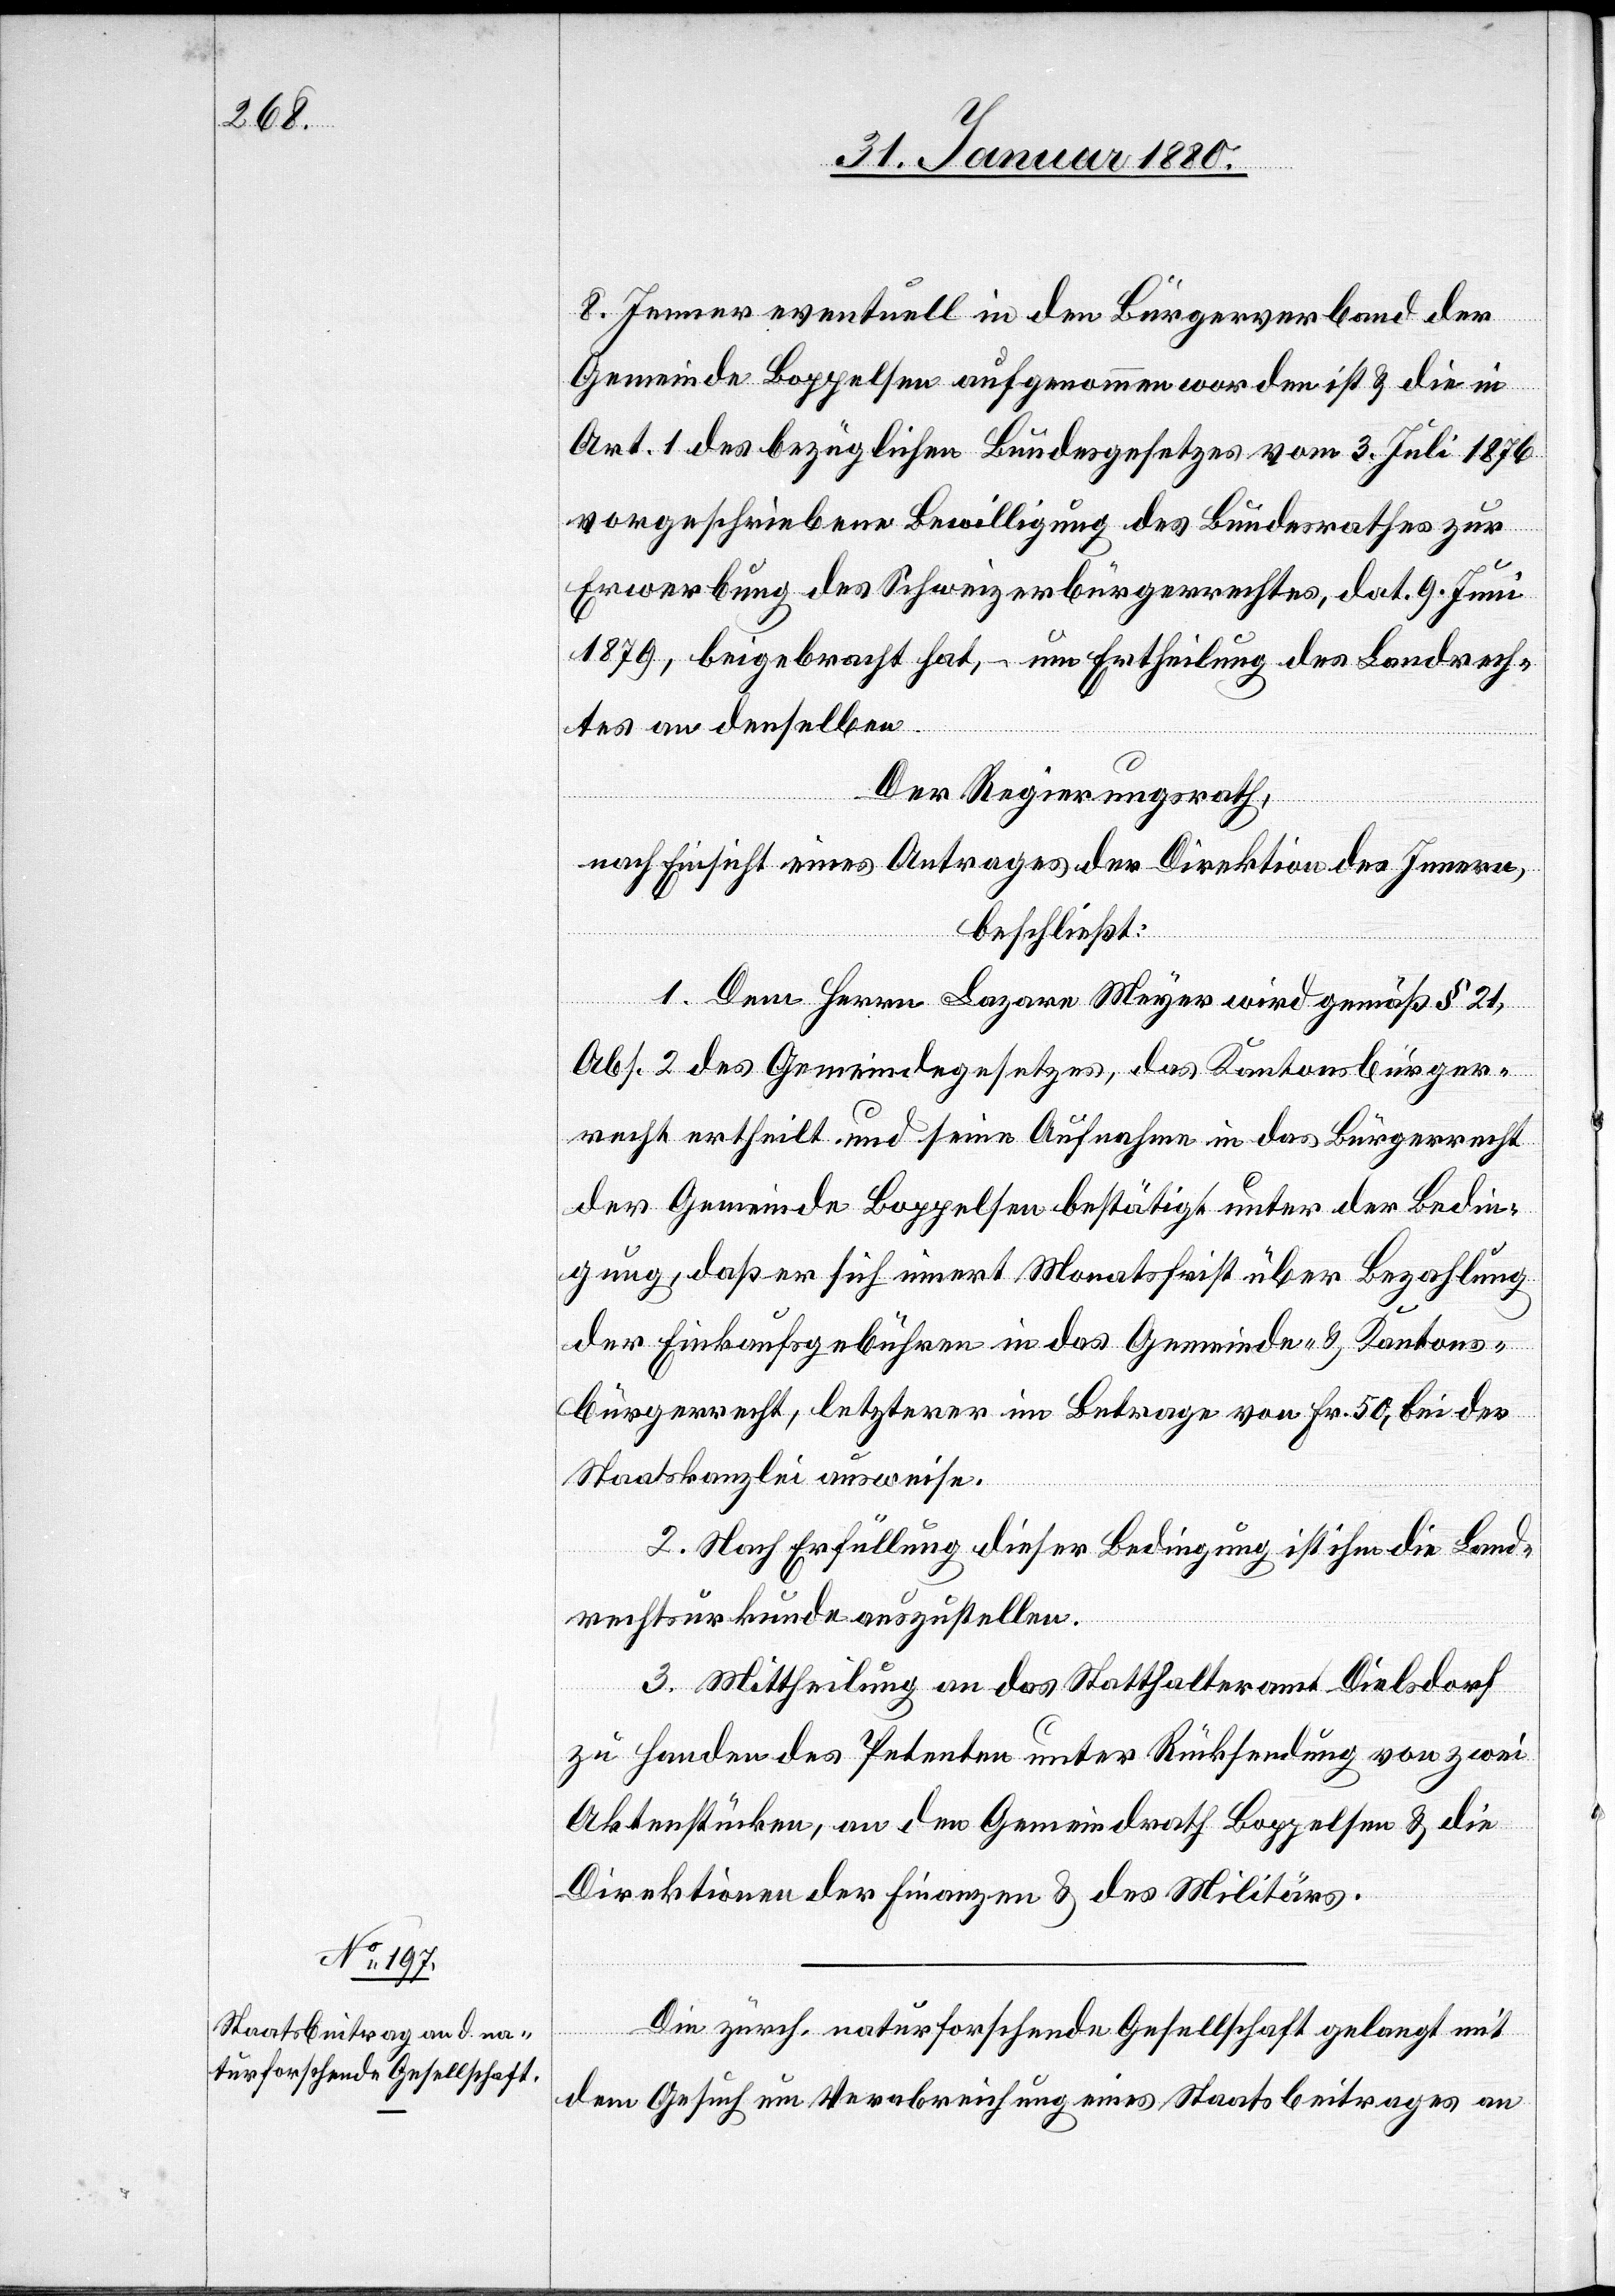
8. Jenner eventuell in den Bürgerverband der
Gemeinde Boppelsen aufgenommen worden ist & die in
Art. 1 des bezüglichen Bundesgesetzes vom 3. Juli 1876
vorgeschriebene Bewilligung des Bundesrathes zur
Erwerbung des Schweizerbürgerrechtes, dat. 9. Juni
1879, beigebracht hat, – um Ertheilung des Landrech¬
tes an denselben.
Der Regierungsrath,
nach Einsicht eines Antrages der Direktion des Innern,
beschließt:
1. Dem Herrn Lazare Meyer wird gemäß § 21,
Abs. 2 des Gemeindegesetzes, das Kantonsbürger¬
recht ertheilt und seine Aufnahme in das Bürgerrecht
der Gemeinde Boppelsen bestätigt unter der Bedin¬
gung, daß er sich innert Monatsfrist über Bezahlung
der Einkaufsgebühren in das Gemeinde- & Kantons¬
bürgerrecht, letzterer im Betrage von Fr. 50, bei der
Staatskanzlei ausweise.
2. Nach Erfüllung dieser Bedingung ist ihm die Land¬
rechtsurkunde auszustellen.
3. Mittheilung an das Statthalteramt Dielsdorf
zu Handen des Petenten unter Rücksendung von zwei
Aktenstücken, den Gemeindrath Boppelsen & die
Direktionen der Finanzen & des Militärs.
Die zürch. naturforschende Gesellschaft gelangt mit
dem Gesuch um Verabreichung eines Staatsbeitrages an